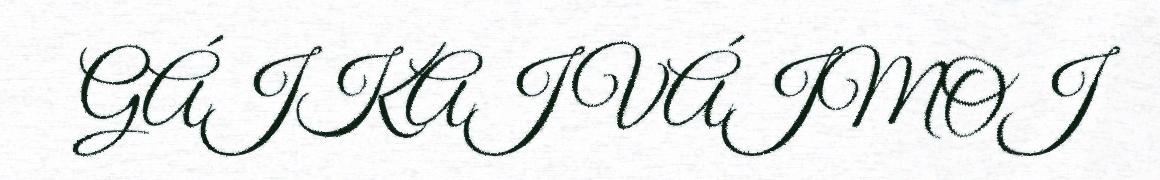
GÁJKAJ VÁJMOJ